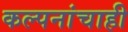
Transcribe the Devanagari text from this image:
कल्पनांचाही